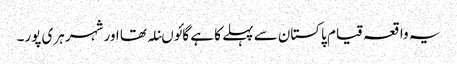
یہ واقعہ قیام پاکستان سے پہلے کا ہے گائوںنلہ تھا اور شہر ہری پور۔